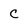
Character: c